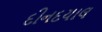
દીનદયાલ